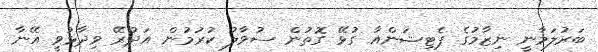
ބަރުލަމާނީ ނިޒާމުގެ ޕެޓިޝަންއާ ގުޅޭ ގޮތުން ސުވާލު ކުރުމުން އަދުރޭ ވިދާޅުވީ އޭނާ